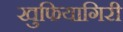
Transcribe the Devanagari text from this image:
खुफियागिरी